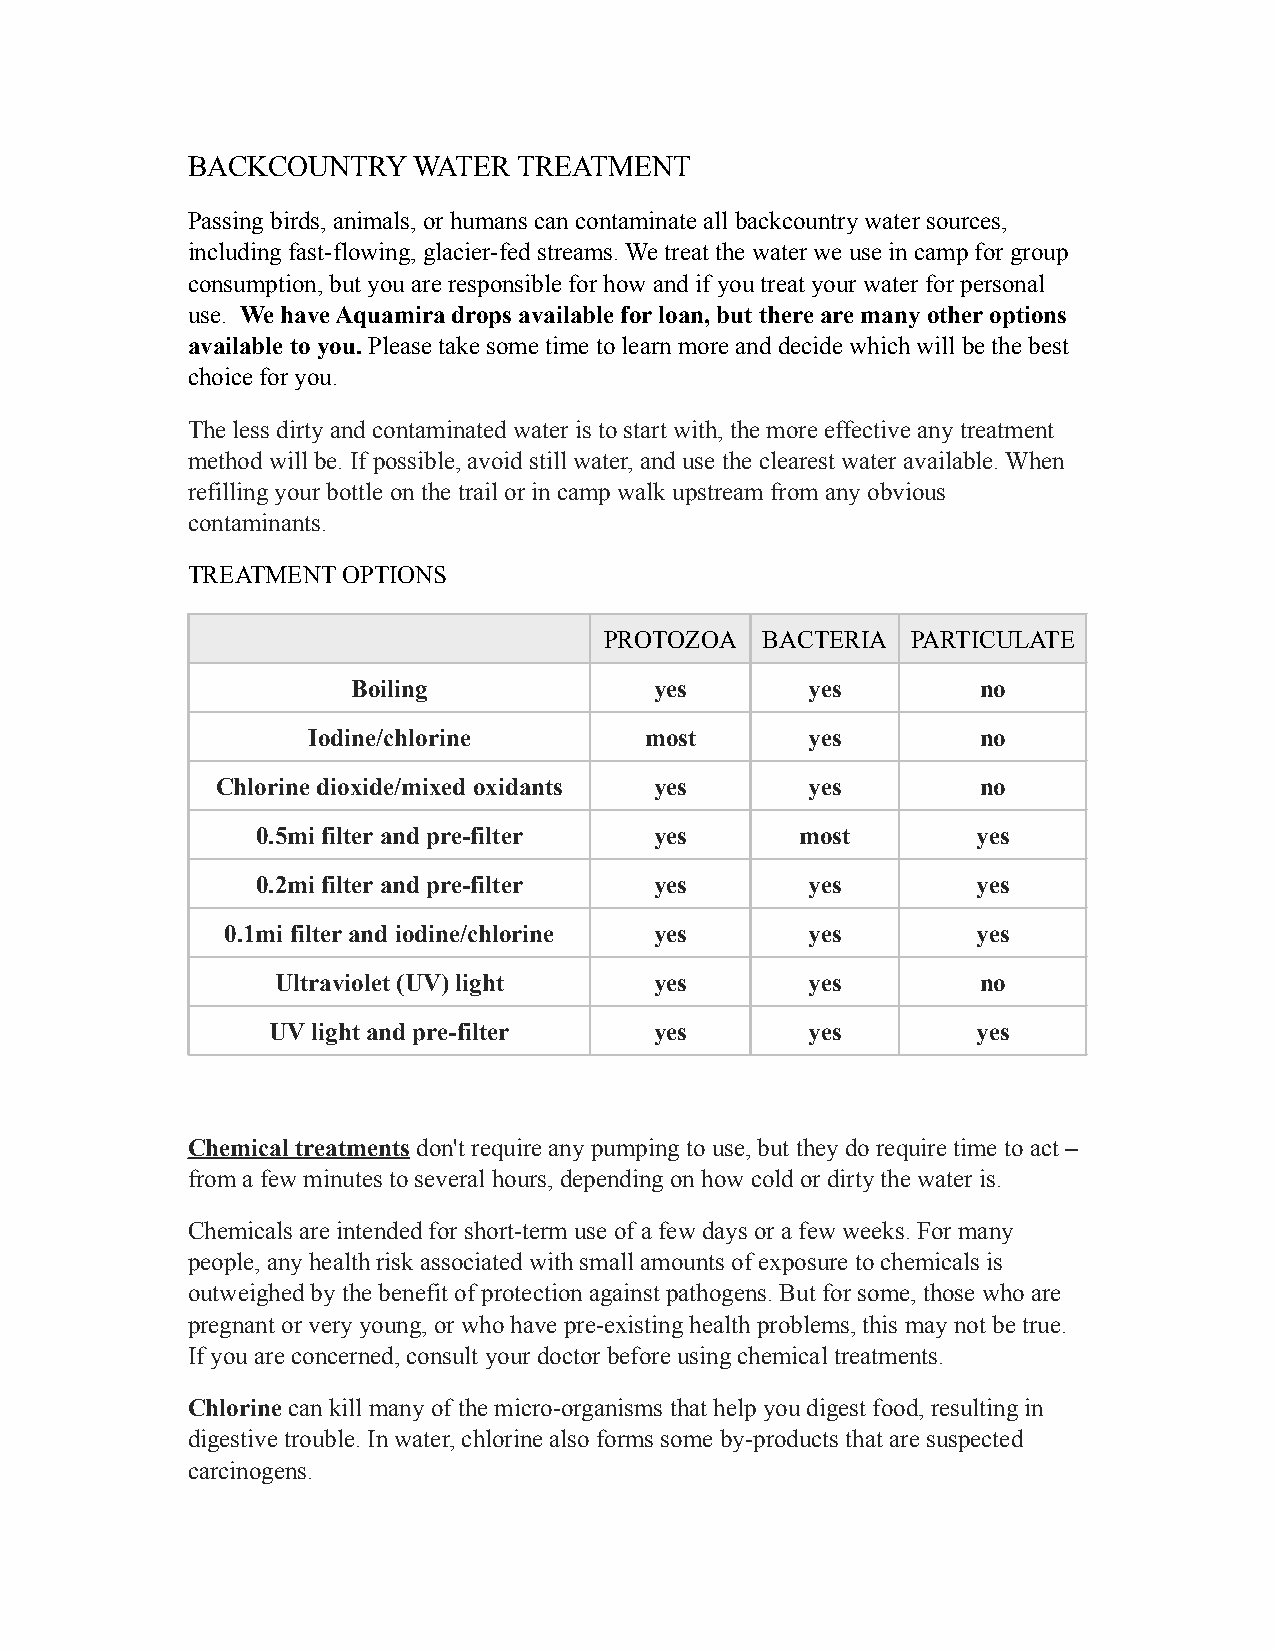
BACKCOUNTRY    WATER  TREATMENT
 Passing birds, animals, or humans can contaminate all backcountry water sources,
 including fast-flowing, glacier-fed streams. We treat the water we use in camp for group
 consumption, but you are responsible for how and if you treat your water for personal
 use. We have Aquamira drops available for loan, but there are many other options
 available to you. Please take some time to learn more and decide which will be the best
 choice for you.
 The less dirty and contaminated water is to start with, the more effective any treatment
 method will be. If possible, avoid still water, and use the clearest water available. When
 refilling your bottle on the trail or in camp walk upstream from any obvious
 contaminants.
 TREATMENT  OPTIONS
 PROTOZOA  BACTERIA  PARTICULATE
 Boiling             yes        yes        no
 Iodine/chlorine        most       yes        no
 Chlorine dioxide/mixed oxidants yes     yes        no
 0.5mi filter and pre-filter yes     most        yes
 0.2mi filter and pre-filter yes      yes        yes
 0.1mi filter and iodine/chlorine yes   yes        yes
 Ultraviolet (UV) light   yes        yes        no
 UV light and pre-filter  yes        yes        yes
 Chemical treatments don't require any pumping to use, but they do require time to act –
 from a few minutes to several hours, depending on how cold or dirty the water is.
 Chemicals are intended for short-term use of a few days or a few weeks. For many
 people, any health risk associated with small amounts of exposure to chemicals is
 outweighed by the benefit of protection against pathogens. But for some, those who are
 pregnant or very young, or who have pre-existing health problems, this may not be true.
 If you are concerned, consult your doctor before using chemical treatments.
 Chlorine can kill many of the micro-organisms that help you digest food, resulting in
 digestive trouble. In water, chlorine also forms some by-products that are suspected
 carcinogens.